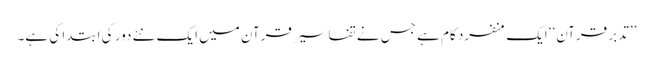
’’تدبر قرآن‘‘ ایک منفرد کام ہے جس نے تفاسیر قرآن میں ایک نئے دور کی ابتدا کی ہے۔